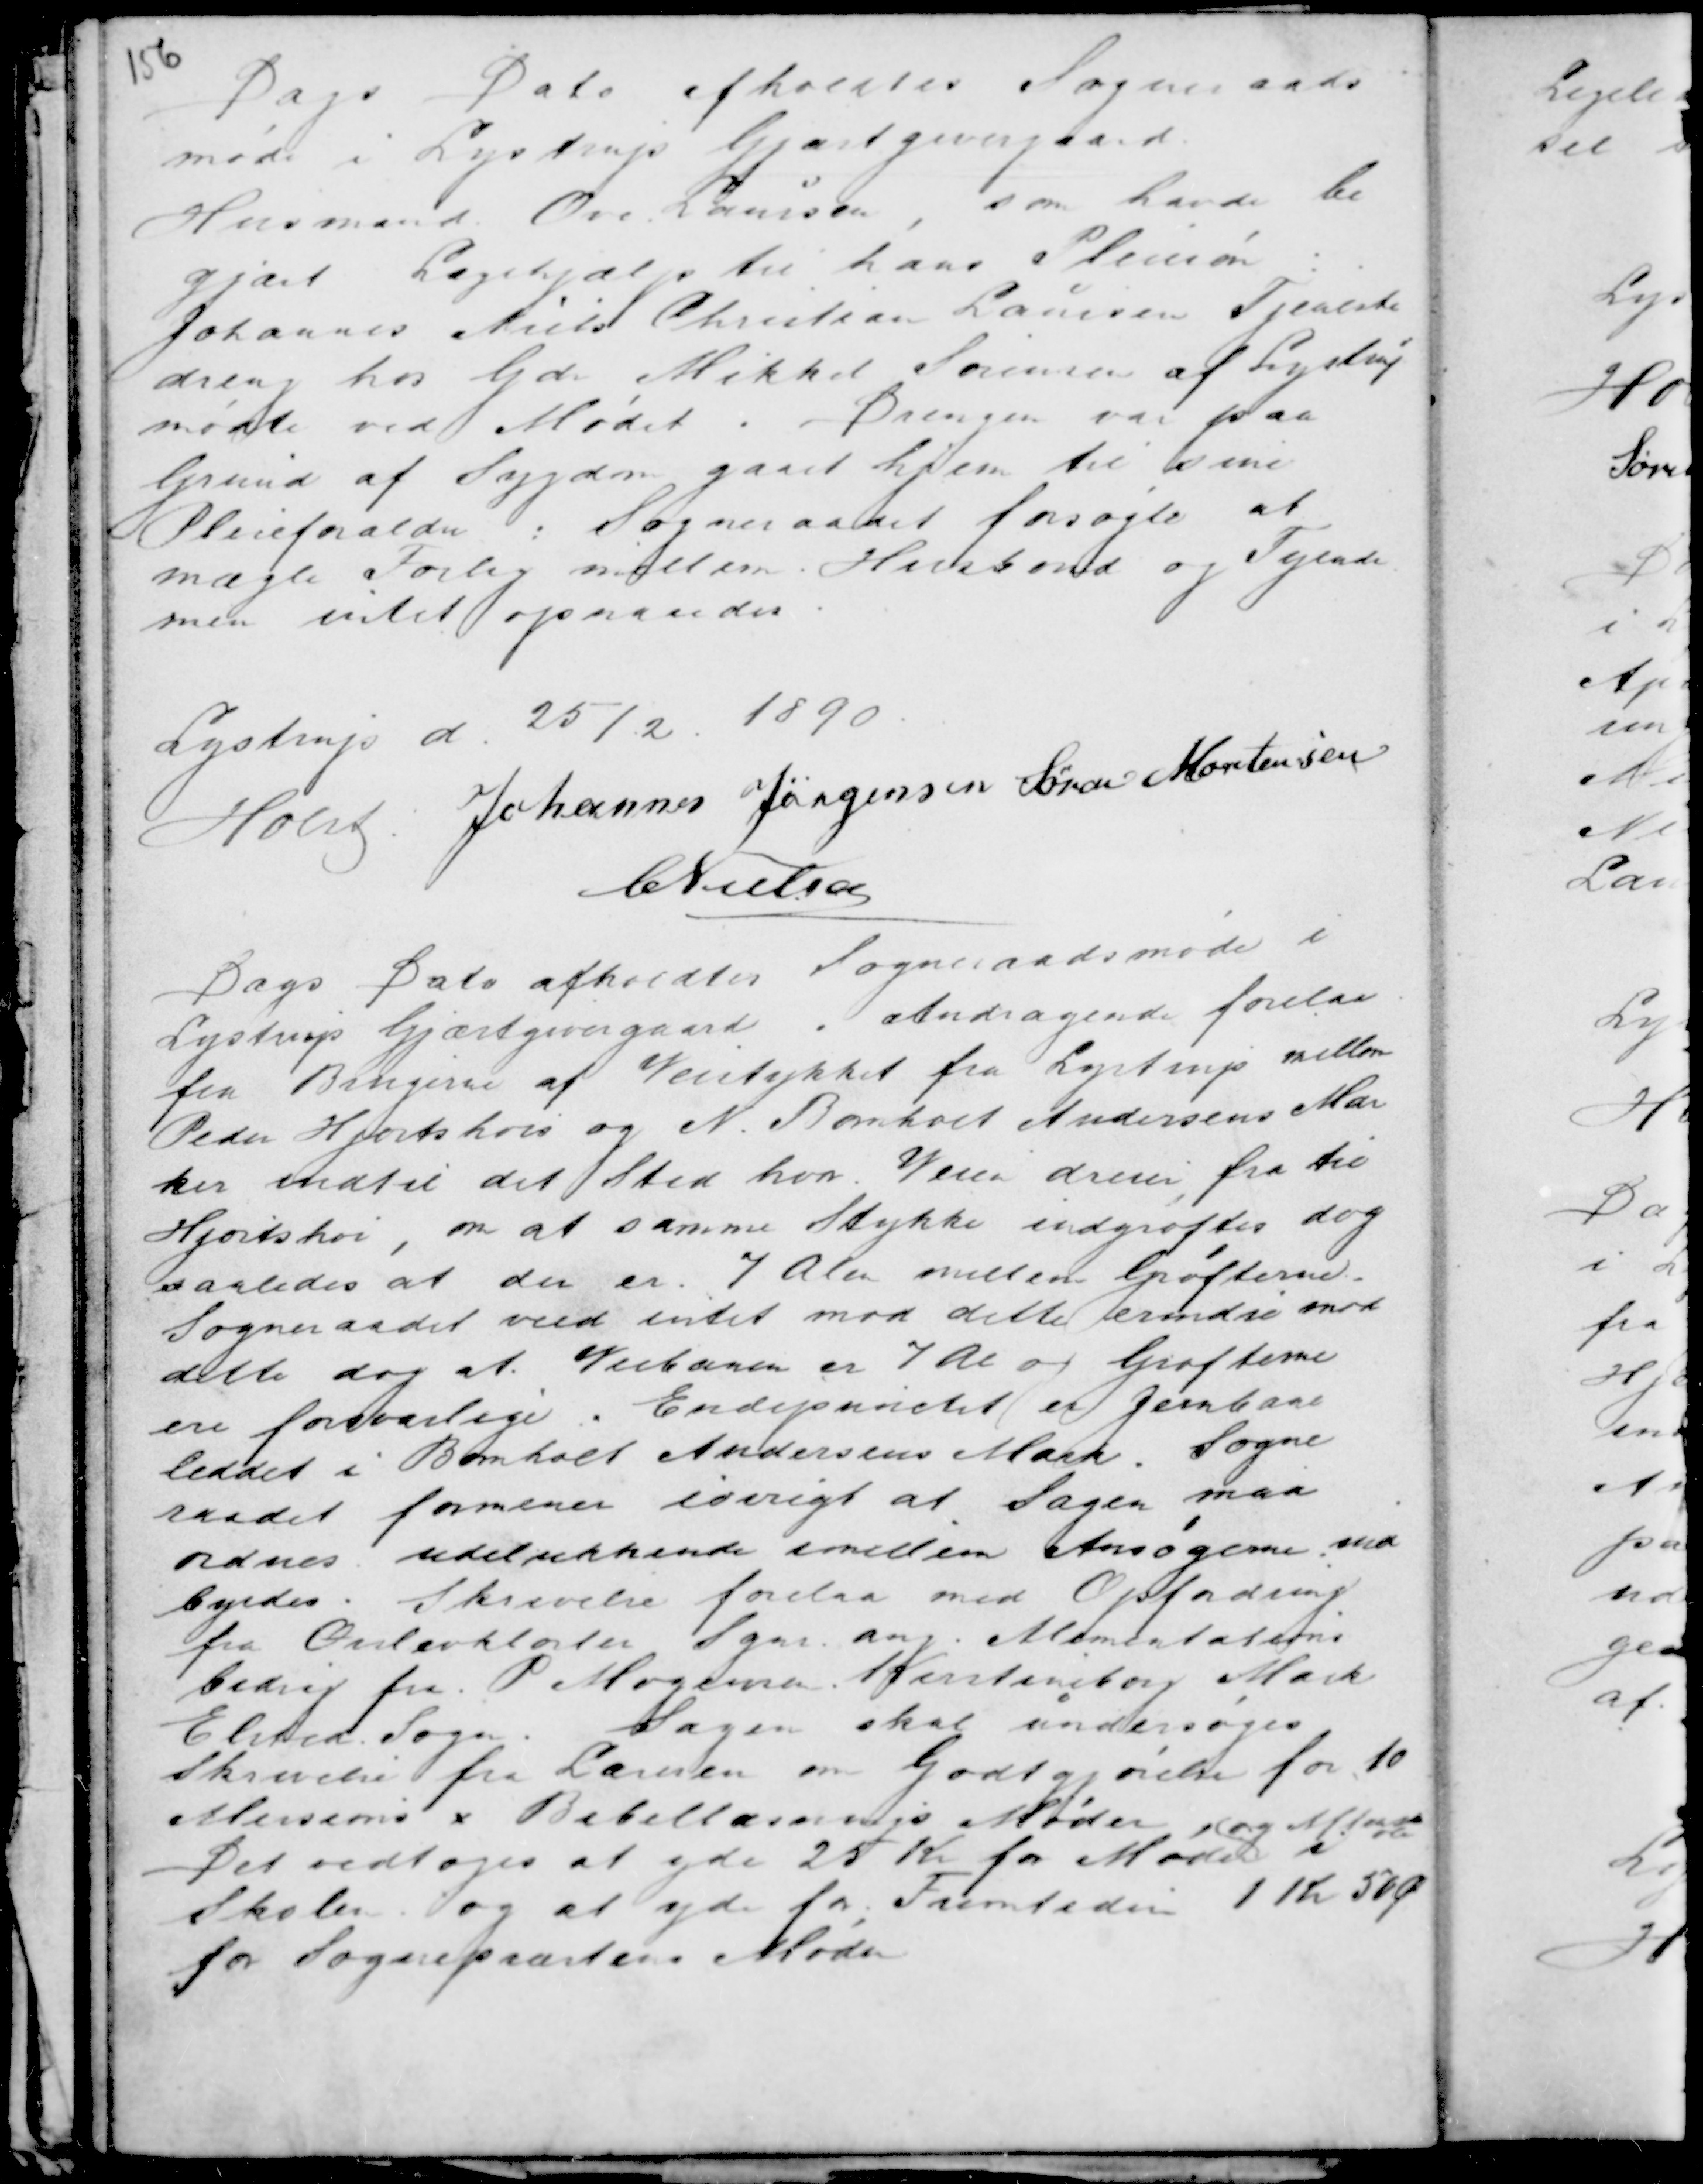
Transskription:
Dags Dato afholdtes Sogneraads

møde i Lystrup Gjæstgivergaard.
Husmand Ove Laursen, som havde be
gjæret Lægehjælp til hans Pleiesøn :
Johannes Niels Christian Laursen Tjeneste-
dreng hos Gdr Mikkel Sørensen af Lystrup
mødte ved Mødet .
Drengen var paa
Grund af Sygdom gaaet hjem til hans
Pleieforældre : Sogneraadet forsøgte at
mægle Forlig mellem Husbond og Tyende
men intet opnaaedes .

Lystrup d. 25/2. 1890.
Holst . Johannes Jørgensen Søren Mortensen
C Nielsen

Dags Dato afholdtes Sogneraadsmøde i
Lystrup Gjæstgivergaard . Andragende forelaa
fra Brugere af Veistykket fra Lystrup mellem
Peder Hjortshois og N. Bomholt Andersens Mar
ker indtil det Sted hvor Veien dreier fra til
Hjortshoi , om at samme Stykke udgrøftes dog
saaledes at der er 7 Alen mellem Grøfterne.
Sogneraadet veed intet mod dette erindre mod
dette dog at Veibanen er 7 Al og Grøfterne
ere forsvarlige . Endepunctet er Jernbane
leddet i Bomholt Andersens Mark. Sogne
raadet formener iøvrigt at Sagen maa
ordnes udelukkende imellem Ansøgerne ind
byrdes . Skrivelse forelaa med Opfordring
fra Ørslevkloster Sgn ang. Alimentations
bidrag fra P. Mogensen Kirstineborg Mark
Elsted Sogn. Sagen skal undersøges
Skrivelse fra Læreren om Godtgjørelse for to
Missions x Bibellæsnings Møder,
Det vedtoges at yde 25 Kr for Møder
og Aftensk
ole
i
Skolen . og at yde for Fremtiden 1 Kr 50 Ø
for Sognepræstens Møder